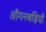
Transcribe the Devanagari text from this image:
आँगनबड़ियाँ